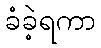
ခံခဲ့ရကာ